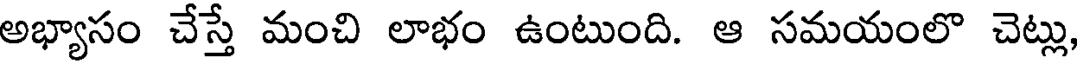
అభ్యాసం చేస్తే మంచి లాభం ఉంటుంది. ఆ సమయంలొ చెట్లు,